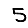
Digit: 5